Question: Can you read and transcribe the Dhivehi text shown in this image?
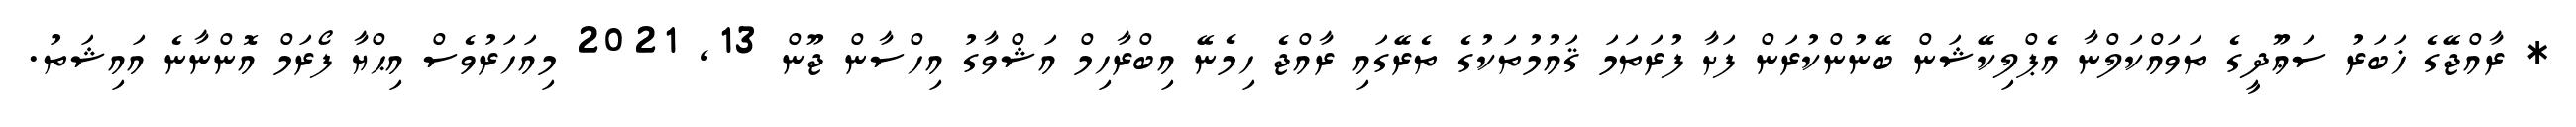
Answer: * ރާއްޖޭގެ ޚަބަރު ސަޢޫދީގެ ތަވައްކަލްނާ އެޕްލިކޭޝަން ބޭނުންކުރަން ފަށާ ފުރަތަމަ ޤައުމުތަކުގެ ތެރޭގައި ރާއްޖެ ހިމެނޭ އިބްރާހިމް އަޝްވާގު އިހްސާން ޖޫން 13, 2021 މިއަހަރުވެސް އިޙްޔާ ފޯރަމް އޮންނާނެ އައިޝަތު.